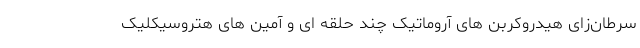
سرطان‌زای هیدروکربن های آروماتیک چند حلقه ای و آمین های هتروسیکلیک